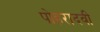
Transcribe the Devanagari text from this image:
पोहरादवी